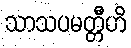
သာသပမတ္တီဟိ